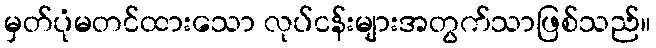
မှတ်ပုံမတင်ထားသော လုပ်ငန်းများအတွက်သာဖြစ်သည်။